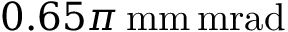
0 . 6 5 \pi \, \mathrm { m m } \, \mathrm { m r a d }